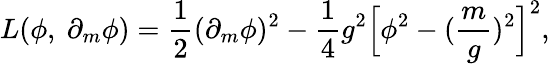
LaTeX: L(\phi,\ \partial_{m}\phi)=\frac{1}{2}(\partial_{m}\phi)^{2}-\frac{1}{4}g^{2}\Bigl[\phi^{2}-(\frac{m}{g})^{2}\Bigr]^{2},